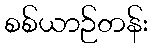
စစ်ယာဉ်တန်း